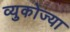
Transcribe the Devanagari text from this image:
व्युकोज्या